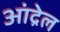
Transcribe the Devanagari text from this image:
आंद्रेल